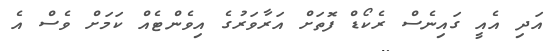
އަދި އެއީ ގައިނެސް ރެކޯޑް ފޮތަށް އަރާވަރުގެ އިވެންޓެއް ކަމަށް ވެސް އެ